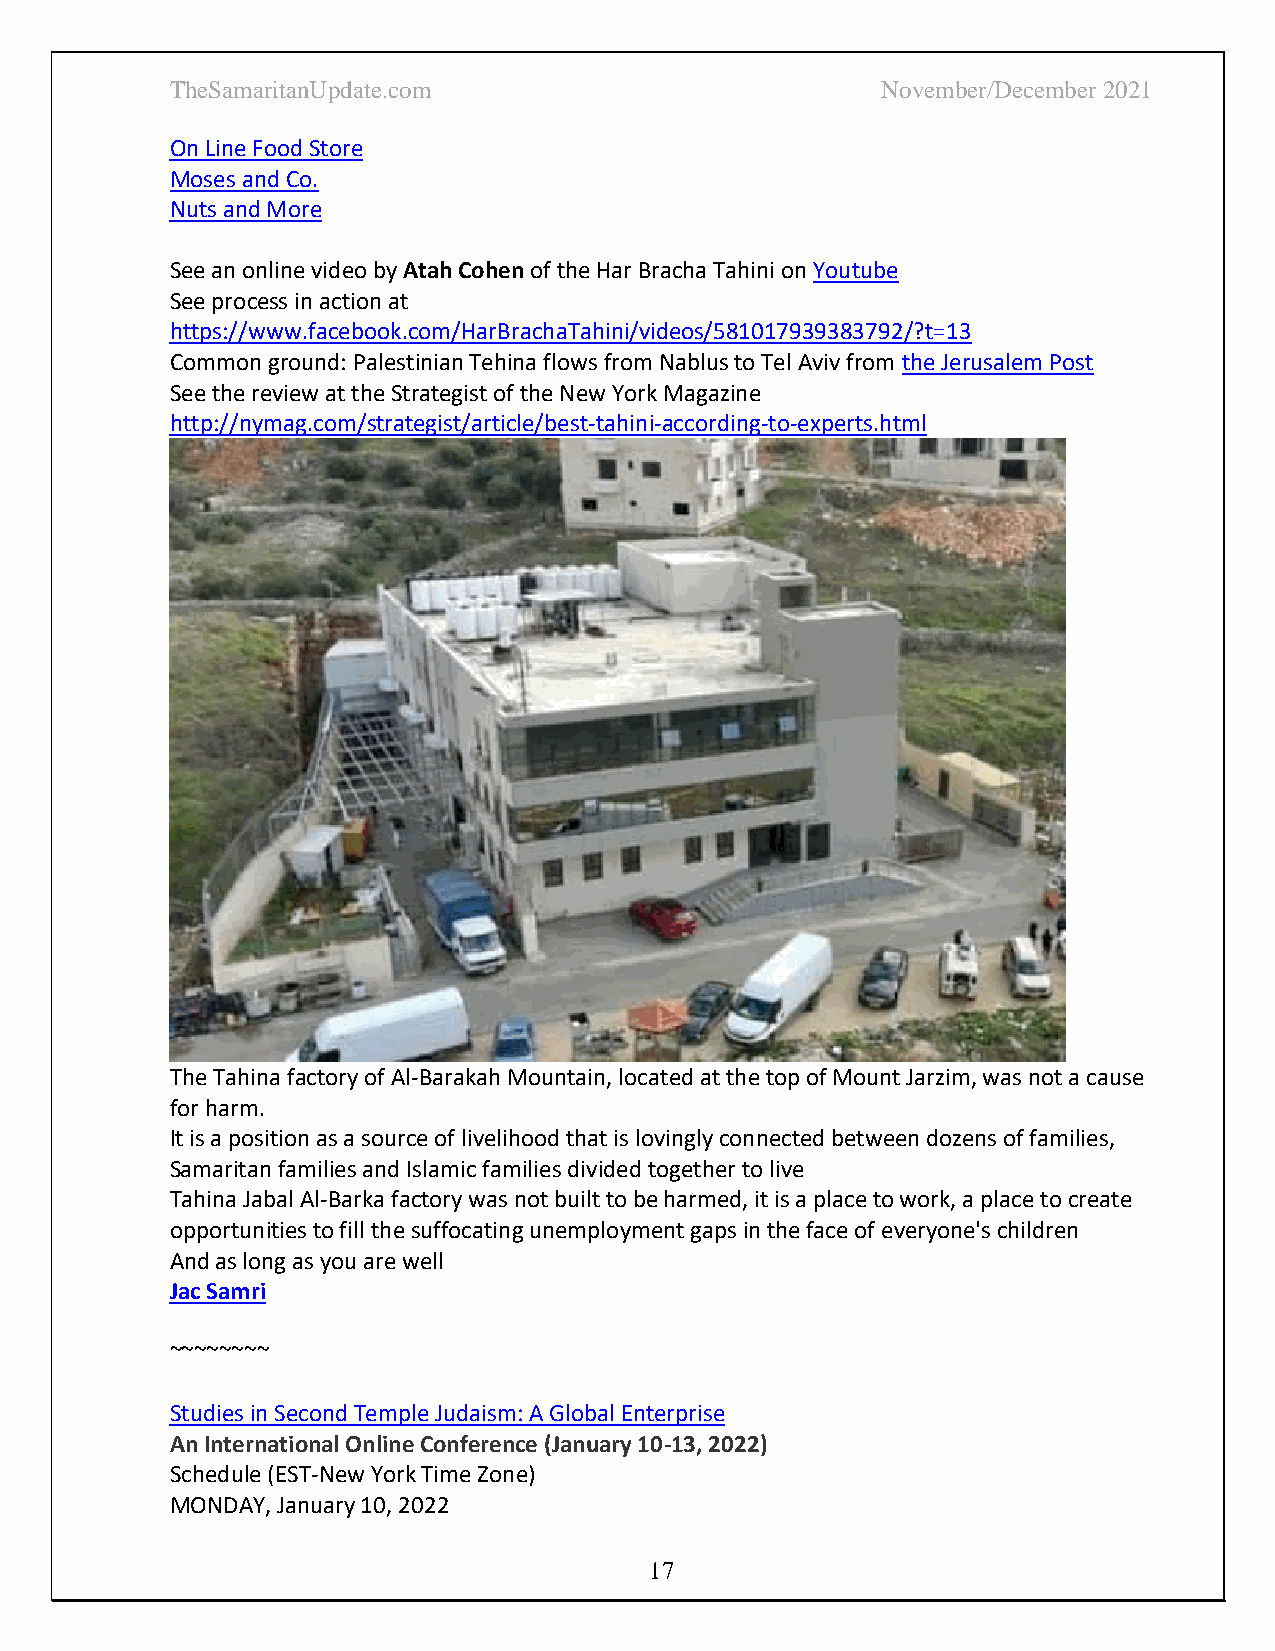
TheSamaritanUpdate.com                         November/December 2021
 On Line Food Store
 Moses and Co.
 Nuts and More
 See an online video by Atah Cohen of the Har Bracha Tahini on Youtube
 See process in action at
 https://www.facebook.com/HarBrachaTahini/videos/581017939383792/?t=13
 Common ground: Palestinian Tehina flows from Nablus to Tel Aviv from the Jerusalem Post
 See the review at the Strategist of the New York Magazine
 http://nymag.com/strategist/article/best-tahini-according-to-experts.html
 The Tahina factory of Al-Barakah Mountain, located at the top of Mount Jarzim, was not a cause
 for harm.
 It is a position as a source of livelihood that is lovingly connected between dozens of families,
 Samaritan families and Islamic families divided together to live
 Tahina Jabal Al-Barka factory was not built to be harmed, it is a place to work, a place to create
 opportunities to fill the suffocating unemployment gaps in the face of everyone's children
 And as long as you are well
 Jac Samri
 ~~~~~~~~
 Studies in Second Temple Judaism: A Global Enterprise
 An International Online Conference (January 10-13, 2022)
 Schedule (EST-New York Time Zone)
 MONDAY, January 10, 2022
 17